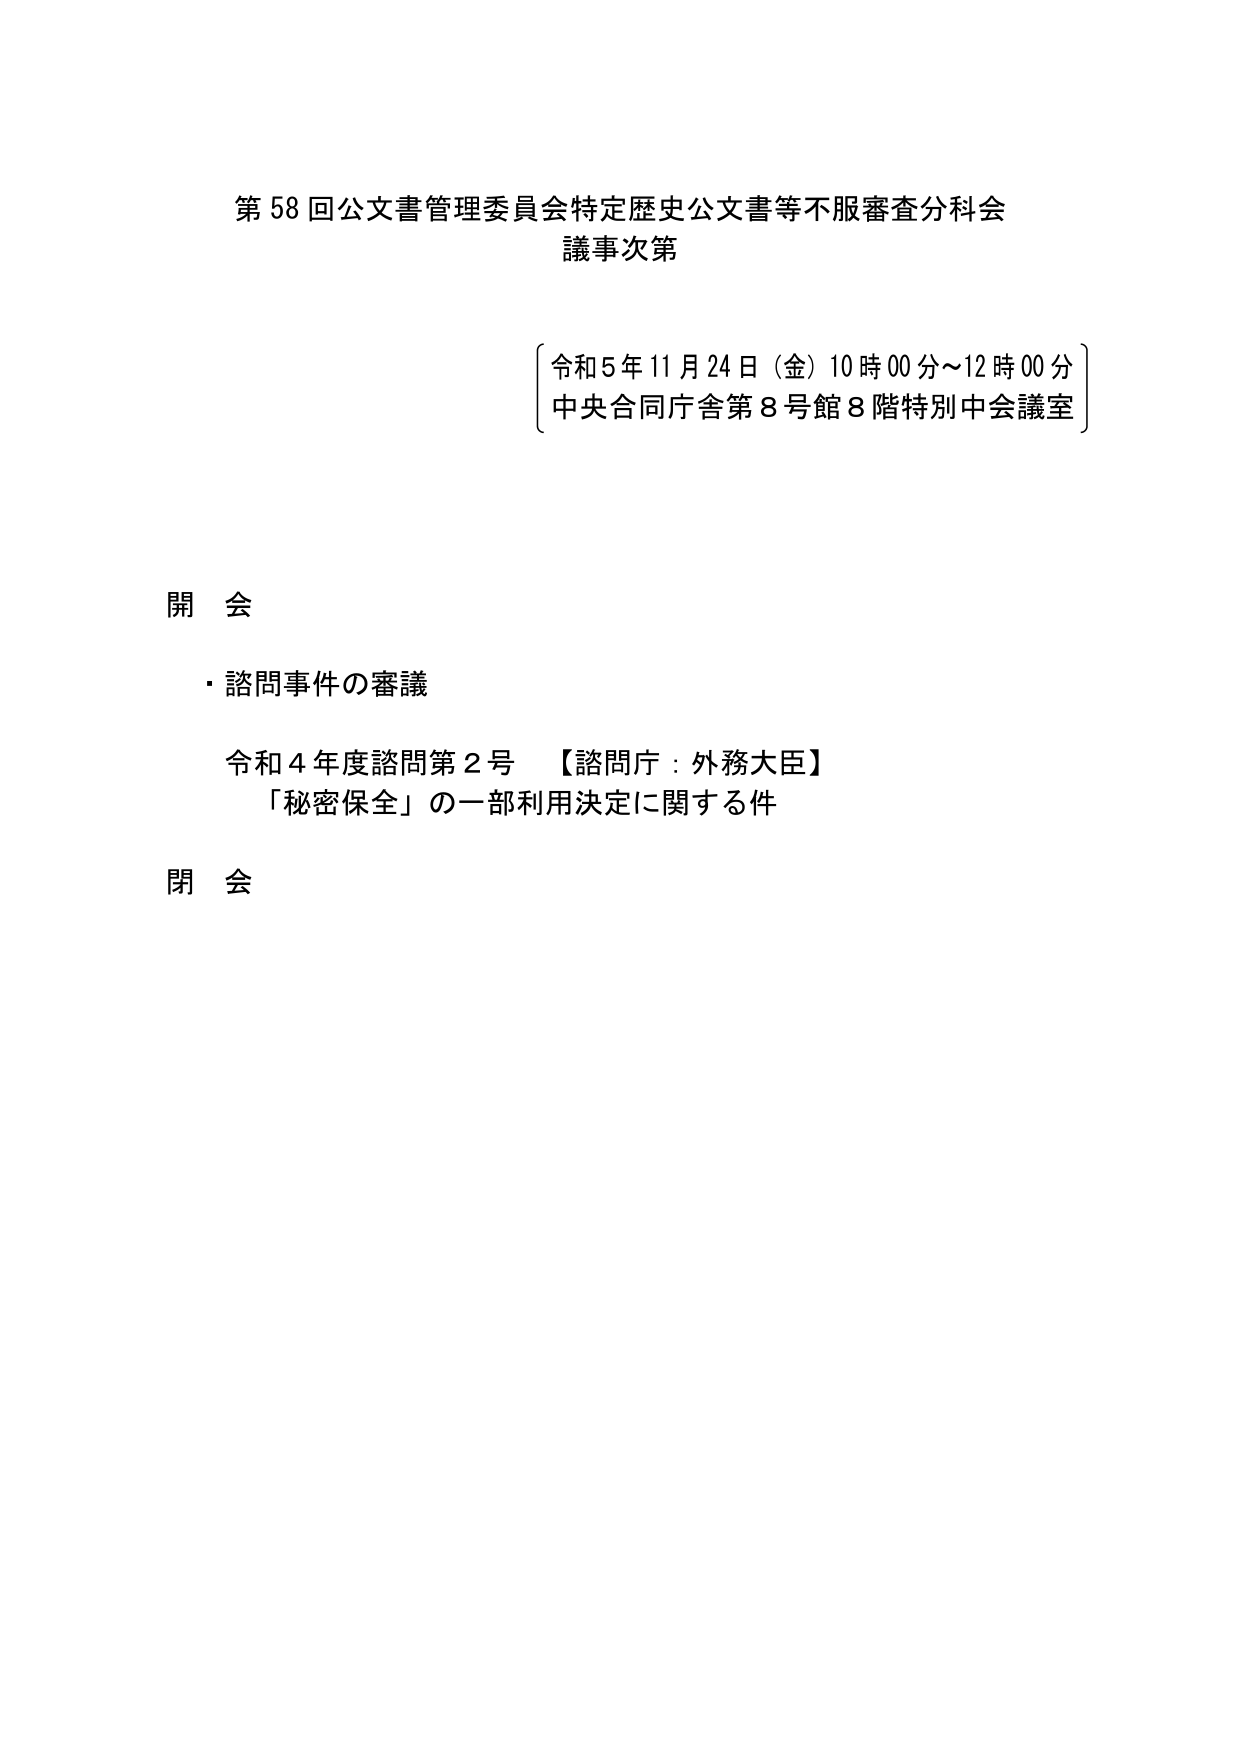
第58回公文書管理委員会特定歴史公文書等不服審査分科会
議事次第

〔令和5年11月24日（金）10時00分～12時00分〕
〔中央合同庁舎第8号館8階特別中会議室〕

開会
・諮問事件の審議
　令和4年度諮問第2号　【諮問庁：外務大臣】
　「秘密保全」の一部利用決定に関する件

閉会